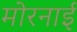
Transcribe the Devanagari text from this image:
मोरनाई